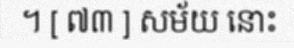
។ [ ៧៣ ] សម័យ នោះ